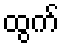
ထွက်